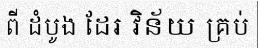
ពី ដំបូង ដែរ វិន័យ គ្រប់